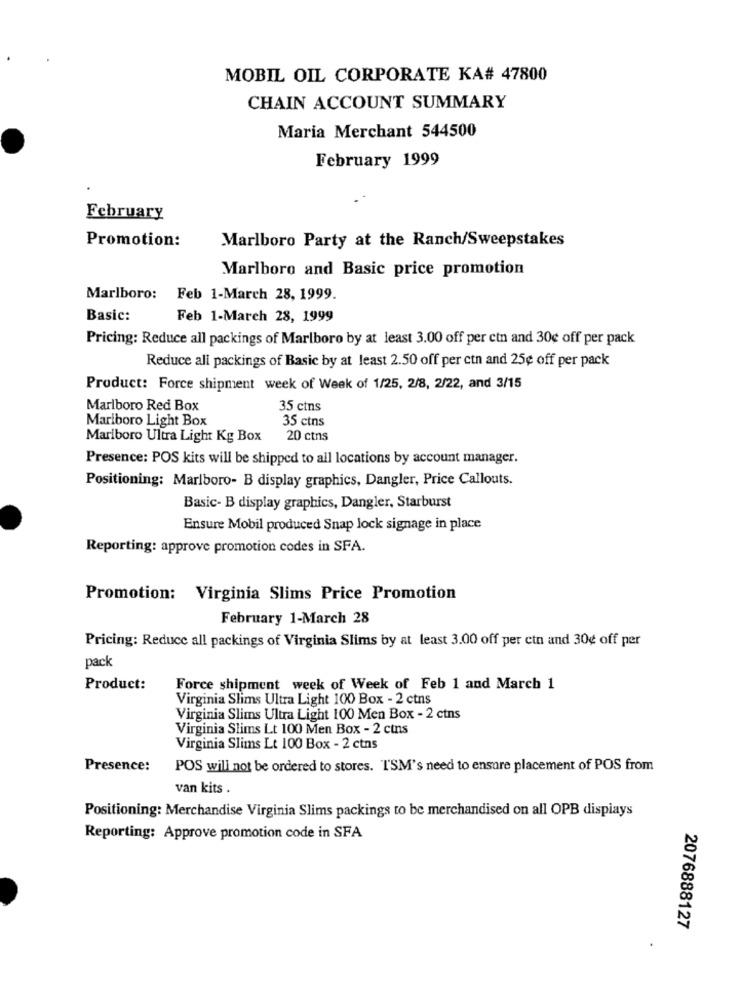
MOBIL OIL CORPORATE KA# 47800
CHAIN ACCOUNT SUMMARY
Maria Merchant 544500
February 1999
February
Promotion:
Marlboro Party at the Ranch/Sweepstakes
Marlboro and Basic price promotion
Marlboro: Feb 1-March 28, 1999.
Basic:
Feb 1-March 28, 1999
Pricing: Reduce all packings of Marlboro by at least 3.00 off per ctn and 30¢ off per pack
Reduce all packings of Basic by at least 2.50 off per ctn and 25¢ off per pack
Product: Force shipment week of Week of 1/25, 2/8, 2/22, and 3/15
Marlboro Red Box
35 ctns
Marlboro Light Box
35 ctns
Marlboro Ultra Light Kg Box
20 ctns
Presence: POS kits will be shipped to all locations by account manager.
Positioning: Marlboro- B display graphics, Dangler, Price Callouts.
Basic- B display graphics, Dangler, Starburst
Ensure Mobil produced Snap lock signage in place
Reporting: approve promotion codes in SFA.
Promotion: Virginia Slims Price Promotion
February 1-March 28
Pricing: Reduce all packings of Virginia Slims by at least 3.00 off per cin and 30¢ off per
pack
Product:
Force shipment week of Week of Feb 1 and March 1
Virginia Slims Ultra Light 100 Box - 2 ctns
Virginia Slims Ultra Light 100 Men Box - 2 ctns
Virginia Slims Lt 100 Men Box - 2 ctns
Virginia Slims Lt 100 Box - 2 ctns
Presence:
POS will not be ordered to stores. TSM's need to ensure placement of POS from
van kits .
Positioning: Merchandise Virginia Slims packings to be merchandised on all OPB displays
Reporting: Approve promotion code in SFA
2076888127